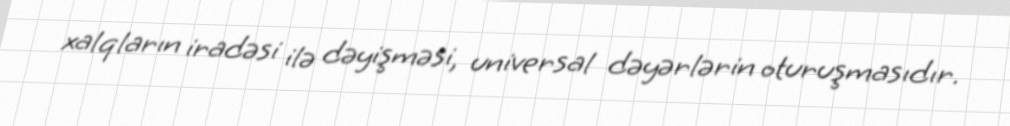
xalqların iradəsi ilə dəyişməsi, universal dəyərlərin oturuşmasıdır.